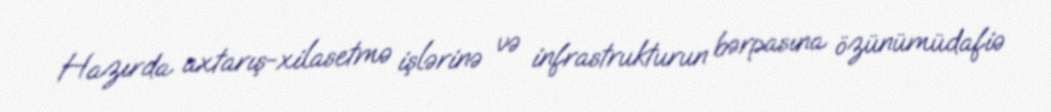
Hazırda axtarış-xilasetmə işlərinə və infrastrukturun bərpasına özünümüdafiə